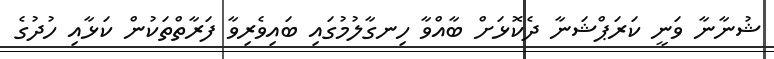
ޝުނާނާ ވަނީ ކަރަޕްޝަނާ ދެކޮޅަށް ބާއްވާ ހިނގާލުމުގައި ބައިވެރިވާ ފަރާތްތަކުން ކަޅާއި ހުދުގެ